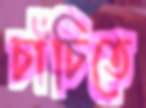
চাঁচিতে